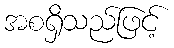
အစရှိသည်ဖြင့်